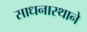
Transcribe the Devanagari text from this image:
साधनास्थाने